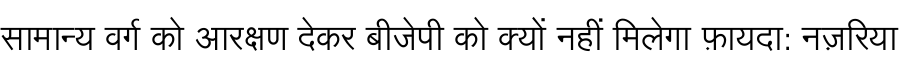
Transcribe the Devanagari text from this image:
सामान्य वर्ग को आरक्षण देकर बीजेपी को क्यों नहीं मिलेगा फ़ायदा: नज़रिया